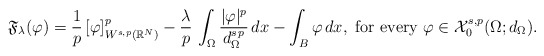
\begin{align*}\mathfrak{F}_{\lambda}(\varphi)=\frac{1}{p}\,[\varphi]^p_{W^{s,p}(\mathbb{R}^N)}-\frac{\lambda}{p}\,\int_\Omega \frac{|\varphi|^p}{d_\Omega^{s\,p}}\,dx-\int_B \varphi\,dx,\mbox{ for every } \varphi\in \mathcal{X}^{s,p}_0(\Omega; d_{\Omega}).\end{align*}